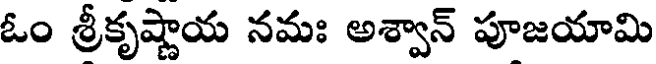
ఓం శ్రీకృష్ణాయ నమః అశ్వాన్ పూజయామి